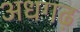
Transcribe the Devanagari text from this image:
अधगढ़